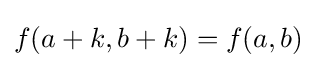
f(a+k,b+k)=f(a,b)